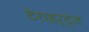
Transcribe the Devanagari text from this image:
टेराहर्ट्ज